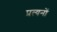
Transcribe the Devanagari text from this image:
प्रत्यनों